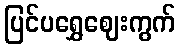
ပြင်ပရွှေဈေးကွက်